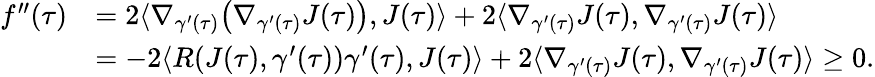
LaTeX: \begin{array}{rl}{f^{\prime\prime}(\tau)}&{=2\langle\nabla_{\gamma^{\prime}(\tau)}\big(\nabla_{\gamma^{\prime}(\tau)}J(\tau)\big),J(\tau)\rangle+2\langle\nabla_{\gamma^{\prime}(\tau)}J(\tau),\nabla_{\gamma^{\prime}(\tau)}J(\tau)\rangle}\\ &{=-2\langle R(J(\tau),\gamma^{\prime}(\tau))\gamma^{\prime}(\tau),J(\tau)\rangle+2\langle\nabla_{\gamma^{\prime}(\tau)}J(\tau),\nabla_{\gamma^{\prime}(\tau)}J(\tau)\rangle\geq 0.}\end{array}